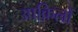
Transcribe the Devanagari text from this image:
आक़िलों